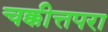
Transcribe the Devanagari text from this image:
चक्कीत्तपरा